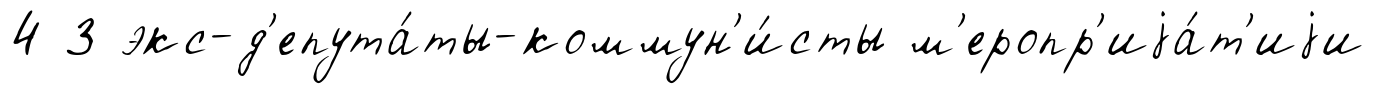
4 3 экс-д'епута́ты-коммун'и́сты м'еропр'иjа́т'иjи